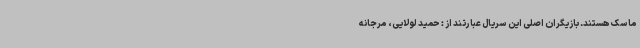
ماسک هستند. بازیگران اصلی این سریال عبارتند از : حمید لولایی، مرجانه